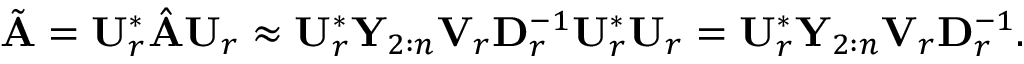
\begin{array} { r } { \tilde { \mathbf { A } } = \mathbf { U } _ { r } ^ { * } \hat { \mathbf { A } } \mathbf { U } _ { r } \approx \mathbf { U } _ { r } ^ { * } \mathbf { Y } _ { 2 : n } \mathbf { V } _ { r } \mathbf { D } _ { r } ^ { - 1 } \mathbf { U } _ { r } ^ { * } \mathbf { U } _ { r } = \mathbf { U } _ { r } ^ { * } \mathbf { Y } _ { 2 : n } \mathbf { V } _ { r } \mathbf { D } _ { r } ^ { - 1 } . } \end{array}